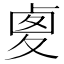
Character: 𠧾